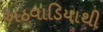
અઠવાડિયાથી